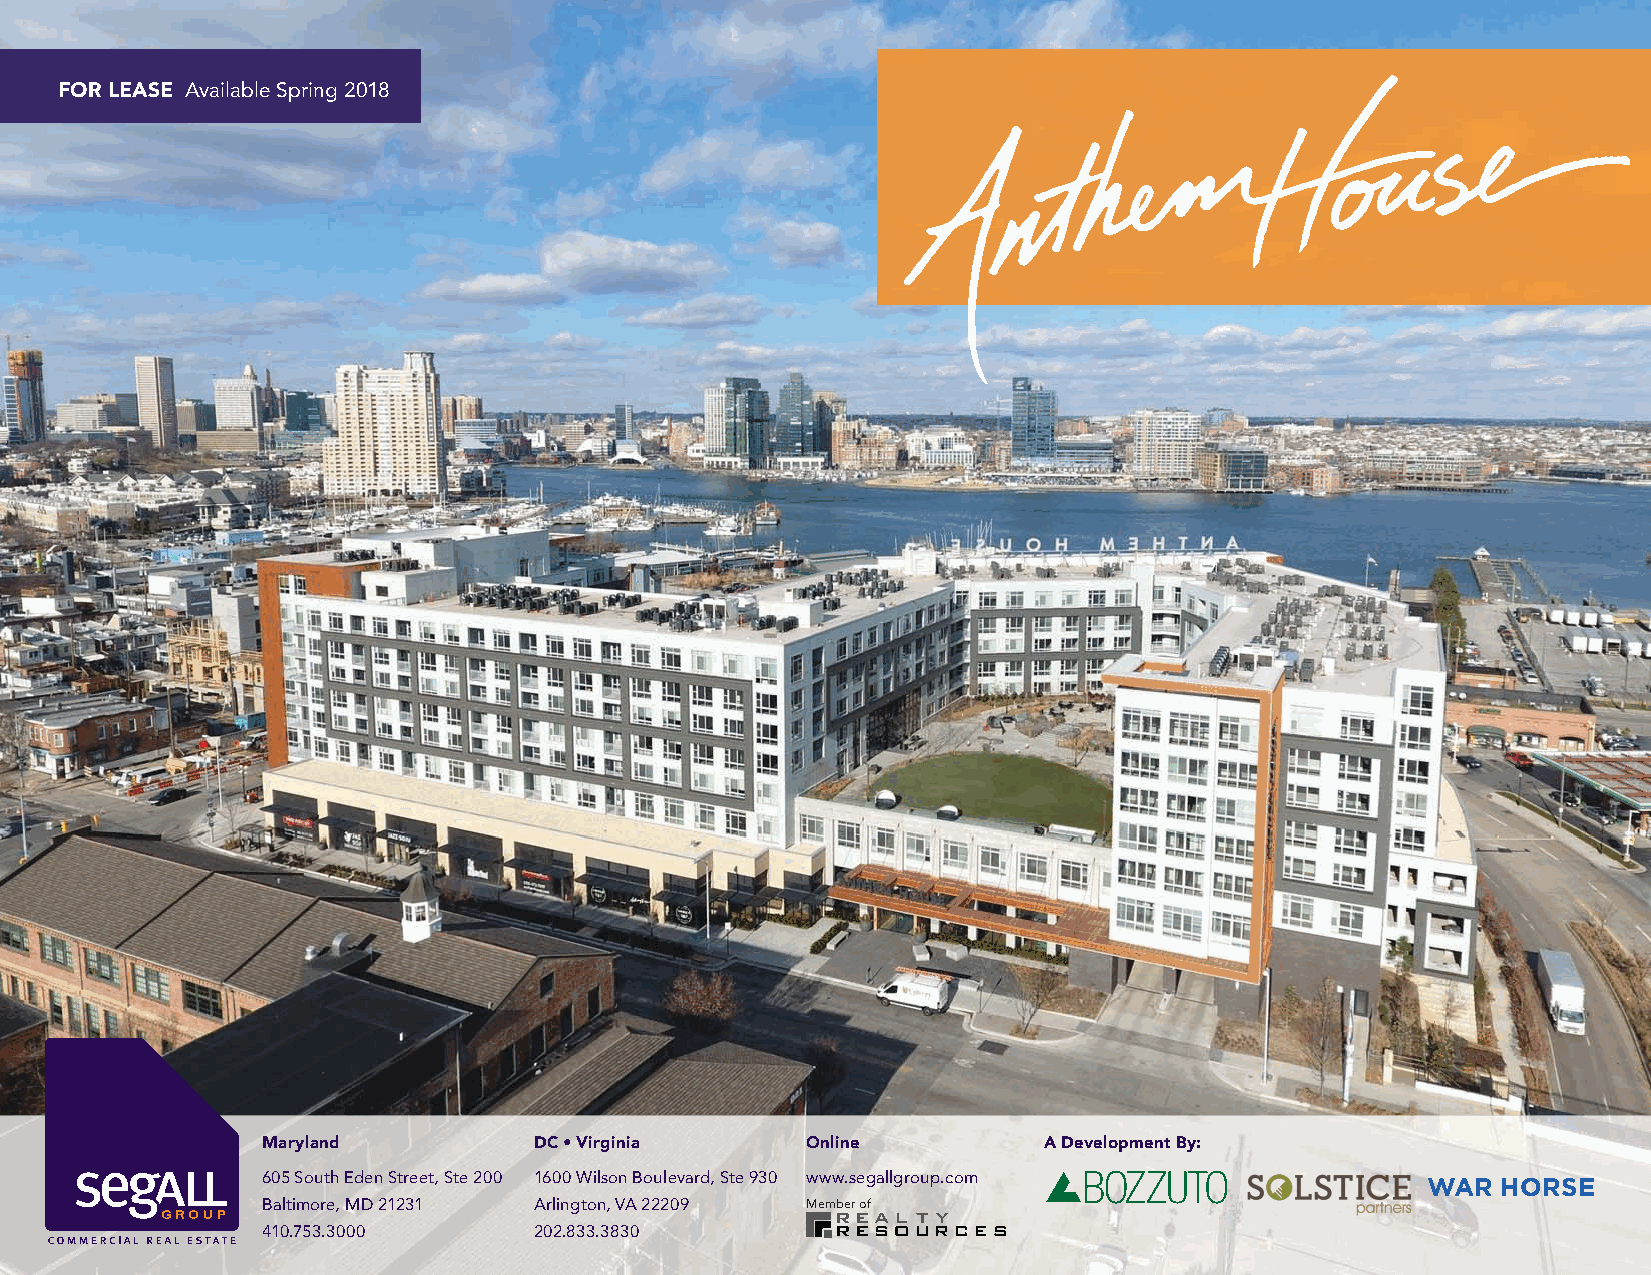
FOR LEASE Available Spring 2018
 Maryland          DC • Virginia     Online          A Development By:
 605 South Eden Street, Ste 200 1600 Wilson Boulevard, Ste 930 www.segallgroup.com WAR HORSE
 Baltimore, MD 21231 Arlington, VA 22209 Member of
 410.753.3000      202.833.3830